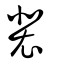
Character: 裵